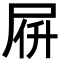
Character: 𡱚